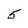
Character: 5